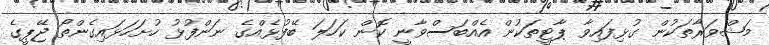
މަޝްވަރާތަކުން ގުޅިފައިވާ ޕާޓީތަކުން އެއްބަސްވާނީ ކޮން ކަހަލަ ބޭފުޅެއްގެ ނަންފުޅު ހުށަހަޅައިގެންތޯ ޖޭޕީގެ